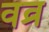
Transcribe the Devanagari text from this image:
वव्र